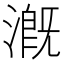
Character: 漑